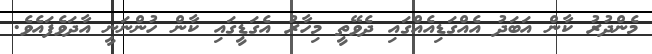
މެންދުރު ކާން އަބަދު އެއްގަޑިއެއްގައި ދެވޭތީ މިހާރު އެގަޑީގައި ކާން ހުންނަނީ އާދަވެފައެވެ.